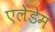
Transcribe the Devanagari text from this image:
एलेडेम